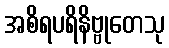
အစိရပရိနိဗ္ဗုတေသု